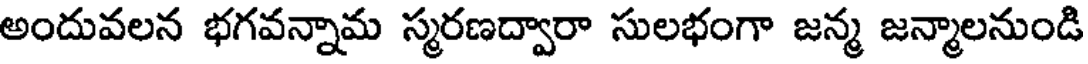
అందువలన భగవన్నామ స్మరణద్వారా సులభంగా జన్మ జన్మాలనుండి